Civil Veterinary Dept. North-West Frontier Province 1901-22 - 1901-1922
Year: 1901
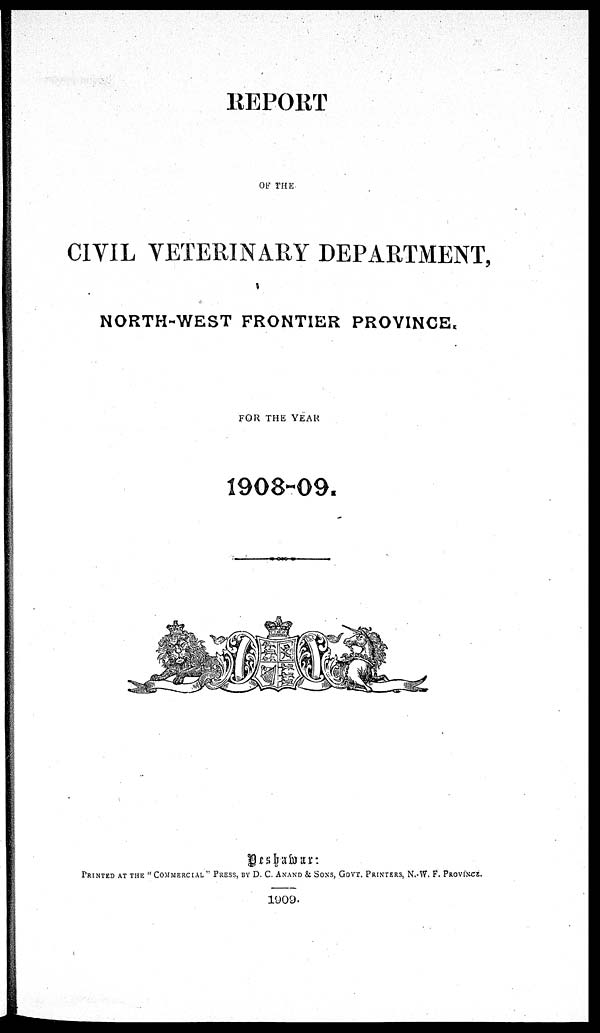
REPORT
OF THE
CIVIL VETERINARY DEPARTMENT,
NORTH-WEST FRONTIER PROVINCE.
FOR THE YEAR
1908-09.
Peshawar:
PRINTED AT THE "COMMERCIAL" PRESS BY D. C. ANAND & SONS, GOVT. PRINTERS, N.-W. F. PROVINCE.
1909.